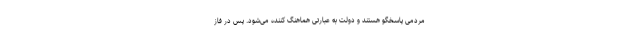
مردمی پاسخگو هستند و دولت به عبارتی هماهنگ کننده می‌شود. پس در فاز